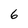
Character: 6